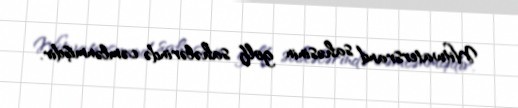
Witwatersrand sahəsinin golf sahələrində cəmlənmişdir.